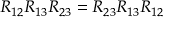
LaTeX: R _ { 1 2 } R _ { 1 3 } R _ { 2 3 } = R _ { 2 3 } R _ { 1 3 } R _ { 1 2 }